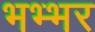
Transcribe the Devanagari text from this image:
भभ्भर